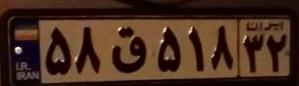
۵۸ق۵۱۸۳۲